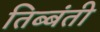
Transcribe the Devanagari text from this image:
तिब्बंती